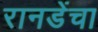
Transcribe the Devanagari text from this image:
रानडेंचा